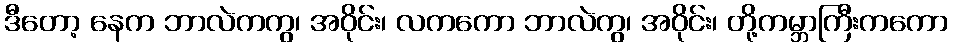
ဒီတော့ နေက ဘာလဲကကွ၊ အဝိုင်း၊ လကကော ဘာလဲကွ၊ အဝိုင်း၊ တို့ကမ္ဘာကြီးကကော